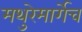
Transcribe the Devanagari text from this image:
मथुरेमार्गेच